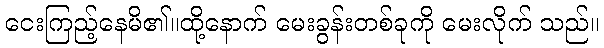
ငေးကြည့်နေမိ၏။ထို့နောက် မေးခွန်းတစ်ခုကို မေးလိုက် သည်။